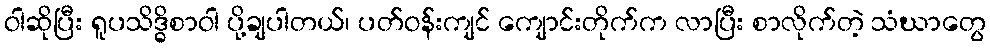
ဝါဆိုပြီး ရူပသိဒ္ဓိစာဝါ ပို့ချပါတယ်၊ ပတ်ဝန်းကျင် ကျောင်းတိုက်က လာပြီး စာလိုက်တဲ့ သံဃာတွေ